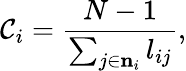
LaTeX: \mathcal{C}_{i}=\frac{{N-1}}{{\sum_{j\in{{\mathbf{{n}}}_{i}}}l_{ij}}},